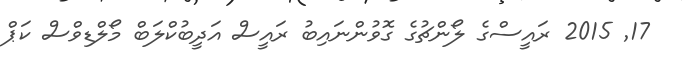
17